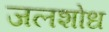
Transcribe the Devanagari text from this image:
जलशोध